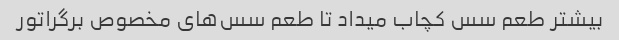
بیشتر طعم سس کچاب میداد تا طعم سس‌های مخصوص برگراتور